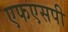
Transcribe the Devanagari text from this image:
एफएसपी